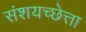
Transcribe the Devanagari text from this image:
संशयच्छेत्ता